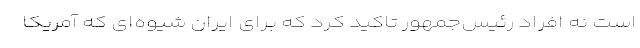
است نه افراد رئیس‌جمهور تاکید کرد که برای ایران شیوه‌ای که آمریکا